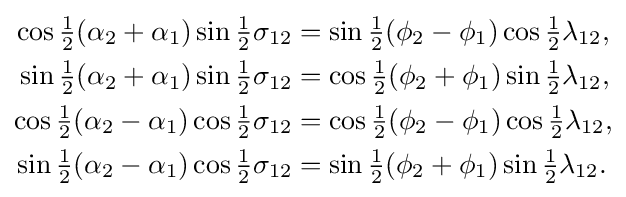
{\begin{aligned}\cos {\tfrac {1}{2}}(\alpha _{2}+\alpha _{1})\sin {\tfrac {1}{2}}\sigma _{12}&=\sin {\tfrac {1}{2}}(\phi _{2}-\phi _{1})\cos {\tfrac {1}{2}}\lambda _{12},\\\sin {\tfrac {1}{2}}(\alpha _{2}+\alpha _{1})\sin {\tfrac {1}{2}}\sigma _{12}&=\cos {\tfrac {1}{2}}(\phi _{2}+\phi _{1})\sin {\tfrac {1}{2}}\lambda _{12},\\\cos {\tfrac {1}{2}}(\alpha _{2}-\alpha _{1})\cos {\tfrac {1}{2}}\sigma _{12}&=\cos {\tfrac {1}{2}}(\phi _{2}-\phi _{1})\cos {\tfrac {1}{2}}\lambda _{12},\\\sin {\tfrac {1}{2}}(\alpha _{2}-\alpha _{1})\cos {\tfrac {1}{2}}\sigma _{12}&=\sin {\tfrac {1}{2}}(\phi _{2}+\phi _{1})\sin {\tfrac {1}{2}}\lambda _{12}.\end{aligned}}